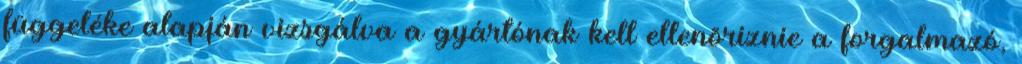
függeléke alapján vizsgálva a gyártónak kell ellenõriznie a forgalmazó,